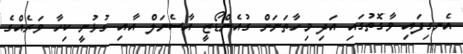
އެނގިފައި ވާގޮތުގައި އަދި މިހާތަނަށް ގުއެންޑޯޒީ އާސެނަލް އާއި ގުޅުނީ ކިހާ ވަރެއްގެ